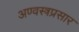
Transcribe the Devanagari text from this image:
अण्वस्त्रप्रसार